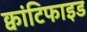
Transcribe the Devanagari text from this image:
क्वांटिफाइड